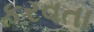
કરવતા